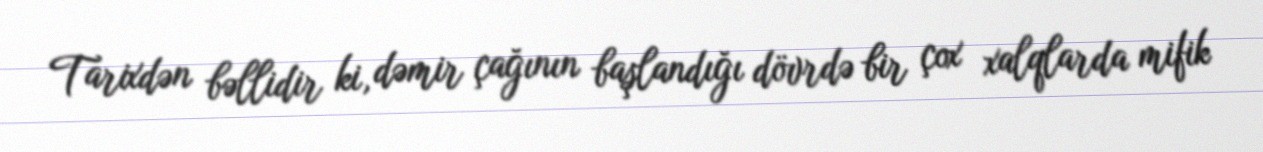
Tarixdən bəllidir ki, dəmir çağının başlandığı dövrdə bir çox xalqlarda mifik